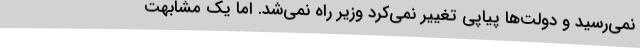
نمی‌رسید و دولت‌ها پیاپی تغییر نمی‌کرد وزیر راه نمی‌شد. اما یک مشابهت